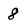
Character: 8